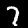
Label: 7